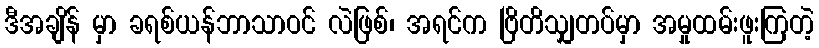
ဒီအချိန် မှာ ခရစ်ယန်ဘာသာဝင် လဲဖြစ်၊ အရင်က ဗြိတိသျှတပ်မှာ အမှုထမ်းဖူးကြတဲ့